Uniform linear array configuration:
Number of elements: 16
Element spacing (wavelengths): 0.75
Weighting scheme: kaiser
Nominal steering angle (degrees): -15
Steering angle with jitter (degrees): -16.863
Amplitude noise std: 0.05
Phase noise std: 0.05

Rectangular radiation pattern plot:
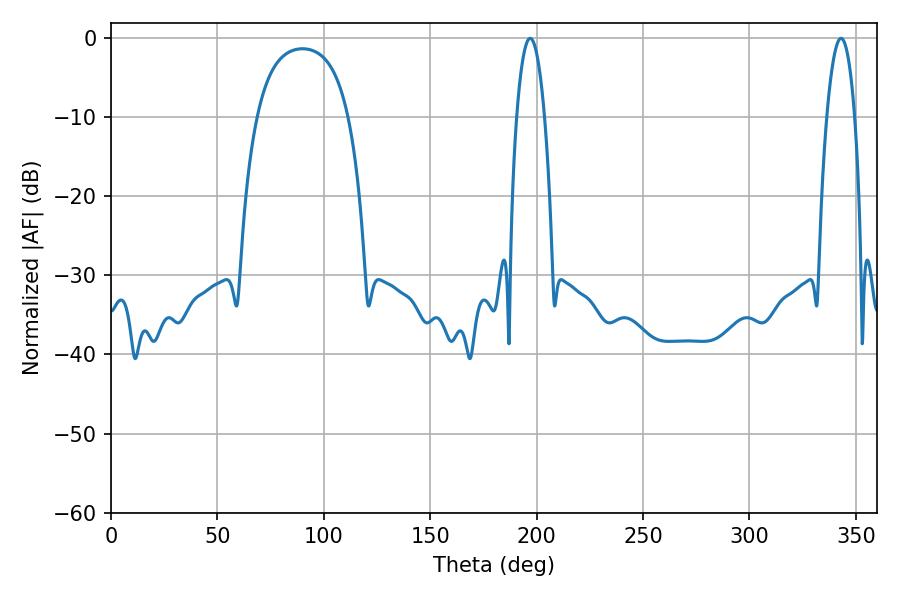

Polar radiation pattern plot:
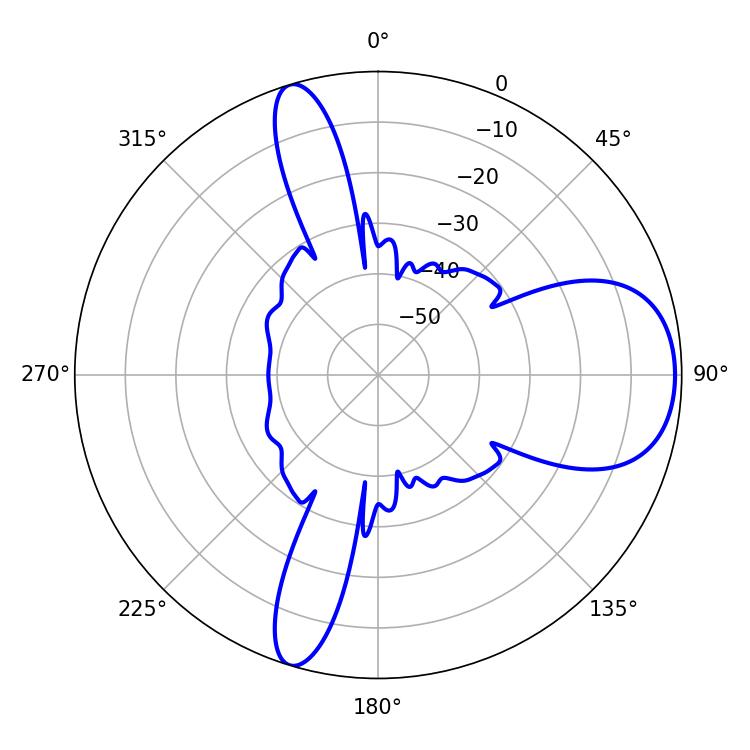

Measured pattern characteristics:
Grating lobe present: TRUE
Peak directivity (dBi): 8.38
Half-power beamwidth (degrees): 7.38
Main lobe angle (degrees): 196.92